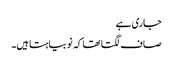
جاری ہے
صاف لگتا تھا کہ نوبیاہتا ہیں۔